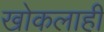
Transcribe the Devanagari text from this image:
खोकलाही